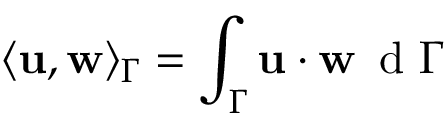
\langle { \bf u } , { \bf w } \rangle _ { \Gamma } = \int _ { \Gamma } { \bf u } \cdot { \bf w } \, \mathrm { ~ d ~ } \Gamma